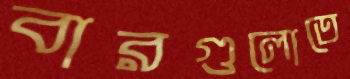
বারগুলোতে